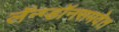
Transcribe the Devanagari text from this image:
लॅन्ग्डॉनसमवेत